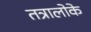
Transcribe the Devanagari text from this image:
तत्रालोके